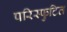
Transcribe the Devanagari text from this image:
परिस्फुटित